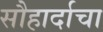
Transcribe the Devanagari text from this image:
सौहार्दाचा